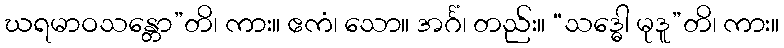
ဃရမာဝသန္တော”တိ၊ ကား။ ဧကံ၊ သော။ အင်္ဂံ၊ တည်း။ “သဒ္ဓေါ မုဒူ”တိ၊ ကား။